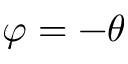
\varphi = - \theta